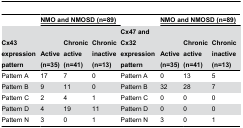
<table><thead><tr><td></td><td colspan="3"><b><underline>NMO and NMOSD (n=89)</underline></b></td><td></td><td colspan="3"><b><underline>NMO and NMOSD (n=89)</underline></b></td></tr><tr><td><b>Cx43 expression pattern</b></td><td><b>Active (n=35)</b></td><td><b>Chronic active (n=41)</b></td><td><b>Chronic inactive (n=13)</b></td><td><b>Cx47 and Cx32 expression pattern</b></td><td><b>Active (n=35)</b></td><td><b>Chronic active (n=41)</b></td><td><b>Chronic inactive (n=13)</b></td></tr></thead><tbody><tr><td>Pattern A</td><td>17</td><td>7</td><td>0</td><td>Pattern A</td><td>0</td><td>13</td><td>5</td></tr><tr><td>Pattern B</td><td>9</td><td>11</td><td>0</td><td>Pattern B</td><td>32</td><td>28</td><td>7</td></tr><tr><td>Pattern C</td><td>2</td><td>4</td><td>1</td><td>Pattern C</td><td>0</td><td>0</td><td>0</td></tr><tr><td>Pattern D</td><td>4</td><td>19</td><td>11</td><td>Pattern D</td><td>0</td><td>0</td><td>0</td></tr><tr><td>Pattern N</td><td>3</td><td>0</td><td>1</td><td>Pattern N</td><td>3</td><td>0</td><td>1</td></tr></tbody></table>